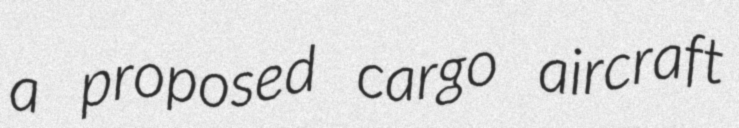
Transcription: a proposed cargo aircraft